Annual report on the working of the lock hospitals in the North-Western Provinces and Oudh
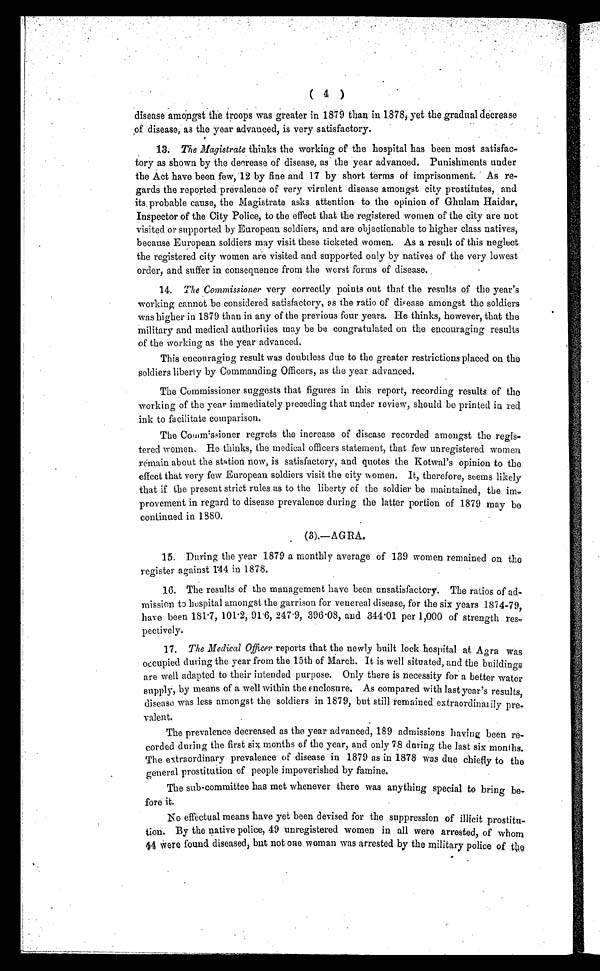
( 4 )
disease amongst the troops was greater in 1879 than in 1878, yet the gradual decrease
of disease, as the year advanced, is very satisfactory.
13. The Magistrate thinks the working of the hospital has been most satisfac
tory as shown by the decrease of disease, as the year advanced. Punishments under
the Act have been few, 12 by fine and 17 by short terms of imprisonment. As re
gards the reported prevalence of very virulent disease amongst city prostitutes, and
its, probable cause, the Magistrate asks attention to the opinion of Ghulam Haidar,
Inspector of the City Police, to the effect that the registered women of the city are not
visited or supported by European soldiers, and are objectionable to higher class natives,
because European soldiers may visit these ticketed women. As a result of this neglect
the registered city women are visited and supported only by natives of the very lowest
order, and suffer in consequence from the worst forms of disease.
14. The Commissioner very correctly points out that the results of the year's
working cannot be considered satisfactory, as the ratio of disease amongst the soldiers
was higher in 1879 than in any of the previous four years. He thinks, however, that the
military and medical authorities may be be congratulated on the encouraging results
of the working as the year advanced.
This encouraging result was doubtless due to the greater restrictions placed on the
soldiers liberty by Commanding Officers, as the year advanced.
The Commissioner suggests that figures in this report, recording results of the
working of the year immediately preceding that under review, should be printed in red
ink to facilitate comparison.
The Commissioner regrets the increase of disease recorded amongst the regis
tered women. He thinks, the medical officers statement, that few unregistered women
remain about the station now, is satisfactory, and quotes the Kotwal's opinion to the
effect that very few European soldiers visit the city women. It, therefore, seems likely
that if the present strict rules as to the liberty of the soldier be maintained, the im
provement in regard to disease prevalence during the latter portion of 1879 may be
continued in 1880.
(3).—AGRA.
15. During the year 1879 a monthly average of 139 women remained on the
register against 144 in 1878.
16. The results of the management have been unsatisfactory. The ratios of ad
mission to hospital amongst the garrison for venereal disease, for the six years 1874-79,
have been 181 .7, 101 .2, 91 .6, 247·9, 396 .08, and 344. 01 per 1,000 of strength res
pectively.
17. The Medical Officerr e p o r t s t h a t t h e n e w l y b u i l t l o c k h o s p i t a l a t A g r a w a s
occupied during the year from the 15th of March. It is well situated, and the buildings
are well adapted to their intended purpose. Only there is necessity for a better water
suppl y, by means of a wel l wi t hi n t he encl osure. As compared wi t h l ast year' s resul t s,
disease was less amongst the soldiers in 1879, but still remained extraordinarily pre
valent.
The prevalence decreased as the year advanced, 189 admissions having been re
corded during the first six months of the year, and only 78 during the last six months.
The extraordinary prevalence of disease in 1879 as in 1878 was due chiefly to the
general prostitution of people impoverished by famine.
The sub-committee has met whenever there was anything special to bring be
fore it.
No effectual means have yet been devised for the suppression of illicit prostitu
tion. By the native police, 49 unregistered women in all were arrested, of whom
44 were found diseased, but not one woman was arrested by the military police of the